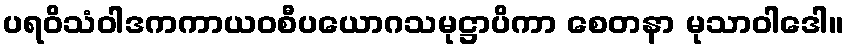
ပရဝိသံဝါဒကကာယဝစီပယောဂသမုဋ္ဌာပိကာ စေတနာ မုသာဝါဒေါ။